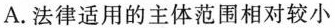
A.法律适用的主体范围相对较小